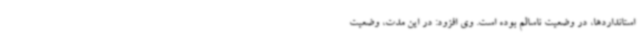
استانداردها، در وضعیت ناسالم بوده است. وی افزود: در این مدت، وضعیت